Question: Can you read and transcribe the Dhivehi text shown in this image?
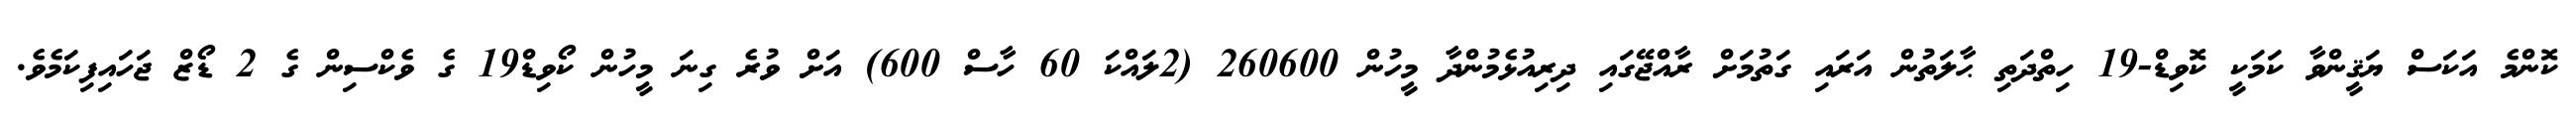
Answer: ކޮންމެ އަކަސް ޔަޤީންވާ ކަމަކީ ކޮވިޑް-19 ހިތްދަތި ޙާލަތުން އަރައި ގަތުމަށް ރާއްޖޭގައި ދިރިއުޅެމުންދާ މީހުން 260600 (2ލައްކަ 60 ހާސް 600) އަށް ވުރެ ގިނަ މީހުން ކޯވިޑް19 ގެ ވެކްސިން ގެ 2 ޑޯޒް ޖަހައިފިކަމެވެ.